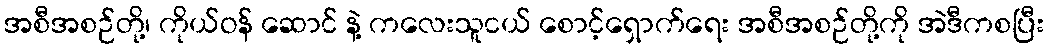
အစီအစဉ်တို့၊ ကိုယ်ဝန် ဆောင် နဲ့ ကလေးသူငယ် စောင့်ရှောက်ရေး အစီအစဉ်တို့ကို အဲဒီကစပြီး